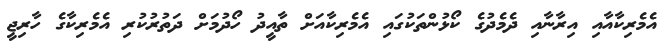
އެމެރިކާއާއި އިރާނާއި ދެމެދުގެ ކޯޅުންތަކުގައި އެމެރިކާއަށް ތާއީދު ހޯދުމަށް ދަތުރުކުރި އެމެރިކާގެ ހާރިޖީ